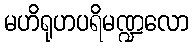
မဟိရုဟပရိမဏ္ဍလော